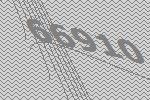
66910